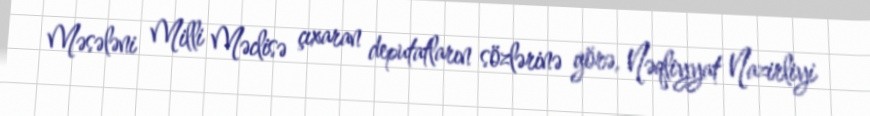
Məsələni Milli Məclisə çıxaran deputatların sözlərinə görə, Nəqliyyat Nazirliyi